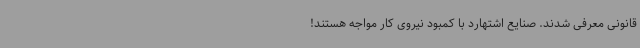
قانونی معرفی شدند. صنایع اشتهارد با کمبود نیروی کار مواجه هستند!